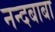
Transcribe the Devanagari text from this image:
नन्दबाबा